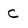
Character: c